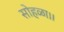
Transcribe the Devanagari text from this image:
सोहळा।।